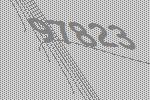
97823